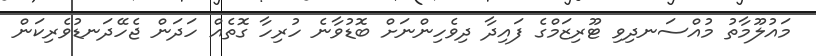
މައުލޫމާތު މުއްސަނދިވި ޓޫރިޒަމްގެ ފައިދާ ދިވެހިންނަށް ބޮޑުވާނެ ހުރިހާ ގޮތެއް ހަދަން ޖެހޭދަނޑުވެރިކަން